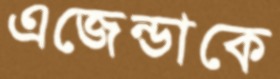
এজেন্ডাকে